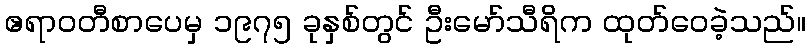
ဧရာဝတီစာပေမှ ၁၉၇၅ ခုနှစ်တွင် ဦးမော်သီရိက ထုတ်ဝေခဲ့သည်။